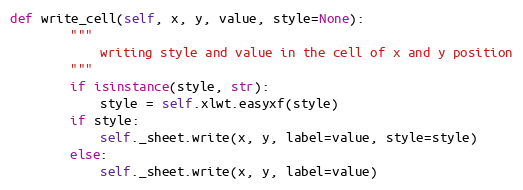
Language: Python
def write_cell(self, x, y, value, style=None):
        """
            writing style and value in the cell of x and y position
        """
        if isinstance(style, str):
            style = self.xlwt.easyxf(style)
        if style:
            self._sheet.write(x, y, label=value, style=style)
        else:
            self._sheet.write(x, y, label=value)